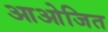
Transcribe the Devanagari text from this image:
आओजित